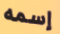
إسمه